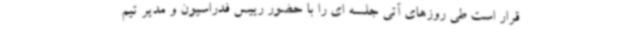
قرار است طی روزهای آتی جلسه ای را با حضور رییس فدراسیون و مدیر تیم